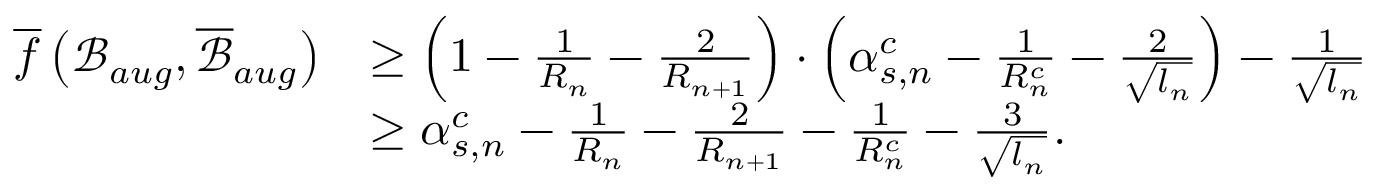
\begin{array} { r l } { \overline { { f } } \left( \mathcal { B } _ { a u g } , \overline { { \mathcal { B } } } _ { a u g } \right) } & { \geq \left( 1 - \frac { 1 } { R _ { n } } - \frac { 2 } { R _ { n + 1 } } \right) \cdot \left( \alpha _ { s , n } ^ { c } - \frac { 1 } { R _ { n } ^ { c } } - \frac { 2 } { \sqrt { l _ { n } } } \right) - \frac { 1 } { \sqrt { l _ { n } } } } \\ & { \geq \alpha _ { s , n } ^ { c } - \frac { 1 } { R _ { n } } - \frac { 2 } { R _ { n + 1 } } - \frac { 1 } { R _ { n } ^ { c } } - \frac { 3 } { \sqrt { l _ { n } } } . } \end{array}